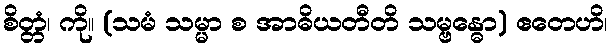
စိတ္တံ၊ ကို။ (သမံ သမ္မာ စ အာဓိယတီတိ သမ္ဗန္ဓော) ဧတေဟိ၊